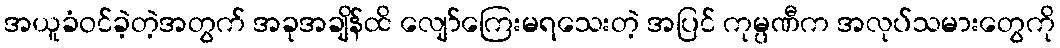
အယူခံဝင်ခဲ့တဲ့အတွက် အခုအချိန်ထိ လျော်ကြေးမရသေးတဲ့ အပြင် ကုမ္ပဏီက အလုပ်သမားတွေကို